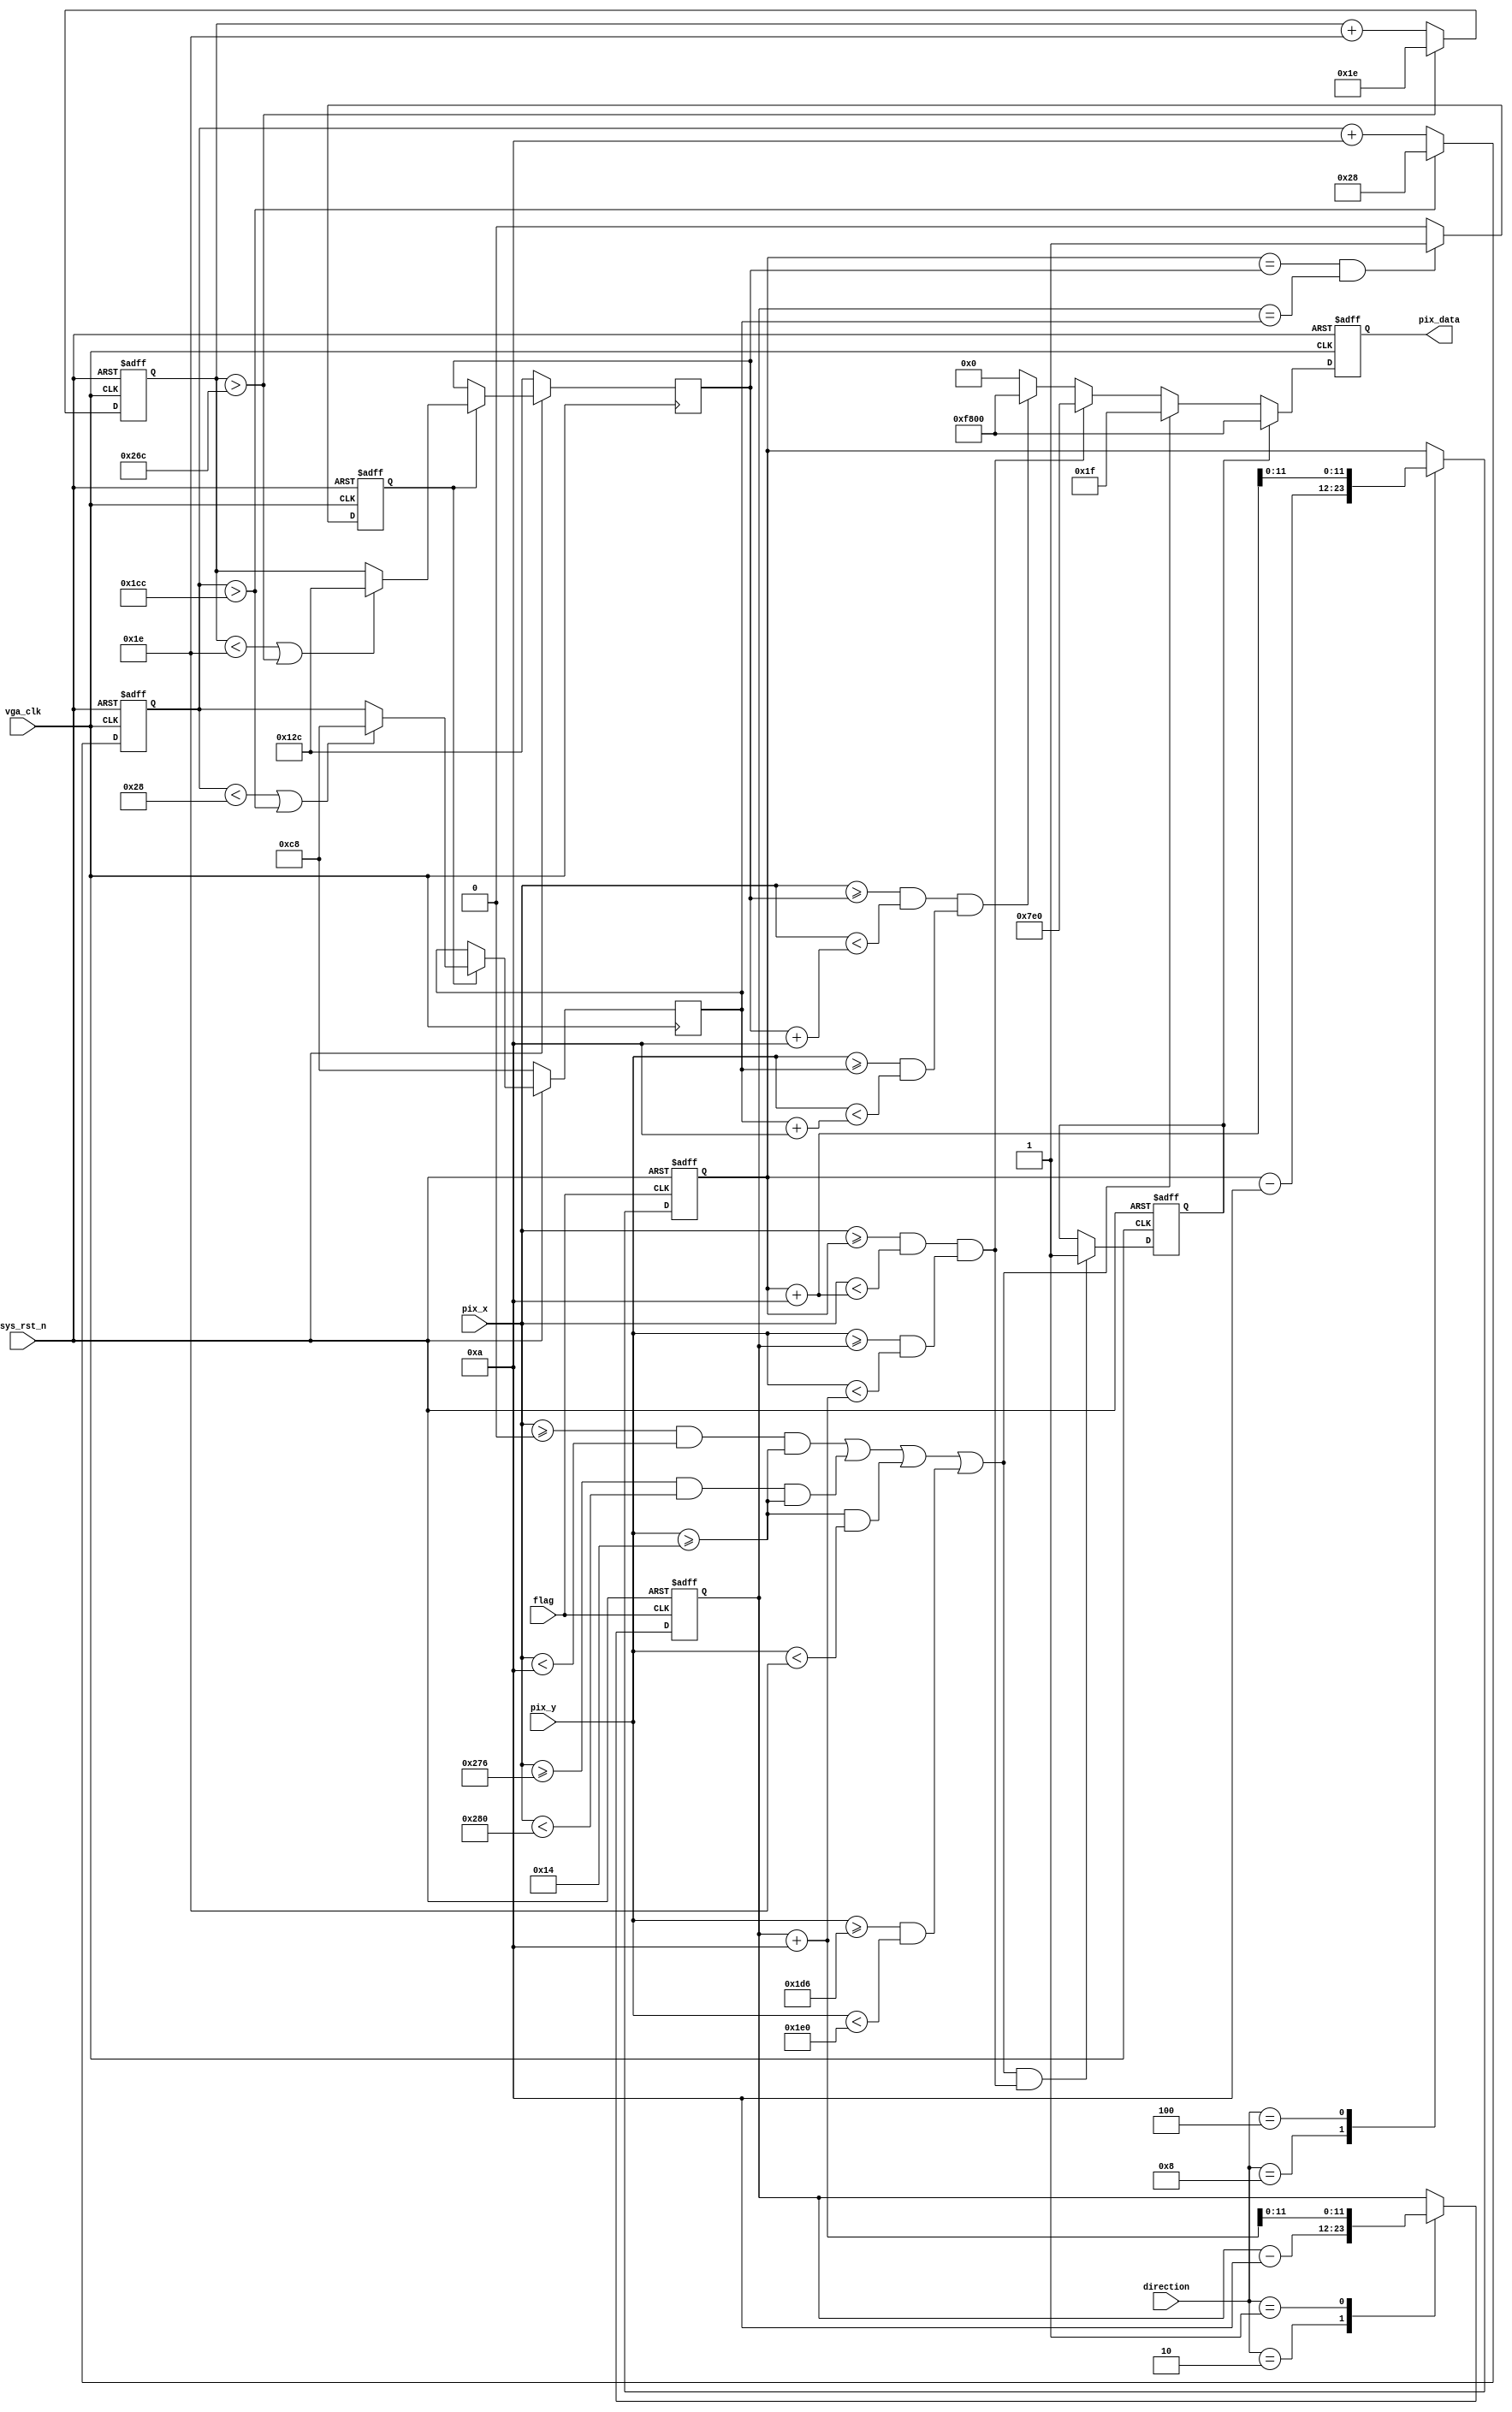
`timescale  1ns/1ns
////////////////////////////////////////////////////////////////////////
// Module Name   : vga_pic
// Project Name  : hdmi_colorbar
// Target Devices: Altera EP4CE10F17C8N
// Tool Versions : Quartus 13.0
// Description   : 
// 
// Revision      : V1.0
// Additional Comments:
// 
// : _Pro_FPGA
//     : http://www.embedfire.com
//     : http://www.firebbs.cn
//     : https://fire-stm32.taobao.com
////////////////////////////////////////////////////////////////////////

module  vga_pic
(
    input   wire            vga_clk     ,   //,25MHz
    input   wire            sys_rst_n   ,   //,
    input   wire    [11:0]  pix_x       ,   //VGAX
    input   wire    [11:0]  pix_y       ,   //VGAY
	 input	wire				 flag			 ,
	 input	wire	  [3:0]	 direction	 ,
	 
    output  reg     [15:0]  pix_data        //
);

//********************************************************************//
//****************** Parameter and Internal Signal *******************//
//********************************************************************//
//parameter define
parameter   H_VALID =   12'd640 ,   //
            V_VALID =   12'd480 ;   //

parameter   RED     =   16'hF800,   //
            ORANGE  =   16'hFC00,   //
            YELLOW  =   16'hFFE0,   //
            GREEN   =   16'h07E0,   //
            CYAN    =   16'h07FF,   //
            BLUE    =   16'h001F,   //
            PURPPLE =   16'hF81F,   //
            BLACK   =   16'h0000,   //
            WHITE   =   16'hFFFF,   //
            GRAY    =   16'hD69A;   //

//********************************************************************//
wire				wall_on;
wire				apple_on;
wire				death;
wire				snake_head;

reg	[11:0]	size;
reg				apple_eaten;
reg				game_over;
reg	[11:0]	apple_x;
reg	[11:0]	apple_y;
reg	[11:0]	rand_x;
reg	[11:0]	rand_y;
reg	[11:0]	snake_x;
reg	[11:0]	snake_y;


//***************************** Main Code ****************************//
//********************************************************************//
//pix_data:,
always@(posedge vga_clk or negedge sys_rst_n)
	if(sys_rst_n == 1'b0)
		pix_data    <= 16'd0;
	else	if(game_over == 1'b1)
		pix_data    <=  RED;	
	else	if(wall_on == 1'b1)
		pix_data    <=  BLUE;
	else	if(snake_head == 1'b1)
		pix_data    <=  GREEN;
	else	if(apple_on == 1'b1)
		pix_data    <=  RED;
	
	else
		pix_data    <=  BLACK;
		
//wall_on
assign	wall_on = (((pix_x >=0) && (pix_x < 10) && (pix_y >= 20)) || 
							((pix_x >= 630) && (pix_x < 640) && (pix_y >= 20)) || 
							((pix_y >= 20) && (pix_y < 30)) || 
							((pix_y >= 470) && (pix_y < 480)));
							
//apple_x,apple_y:apple
always@(posedge vga_clk)			
	if(sys_rst_n == 1'b0)
		begin
			apple_x = 300;
			apple_y = 200;
		end
	else	if(apple_eaten == 1'b1)
		begin
			if((rand_x < 30) ||	(rand_x >620))
				apple_x = 300;
			else
				apple_x = rand_x;	
			if((rand_y < 40) ||	(rand_y >460))
				apple_y = 200;
			else	
				apple_y = rand_y;
		end
		
//
always@(posedge vga_clk or negedge sys_rst_n)			
	if(sys_rst_n == 1'b0)
		begin
			rand_x = 300;
			rand_y = 200;
		end
	else
		begin
			if(rand_x > 620)
				rand_x = 30;
			else
				rand_x = rand_x + 30;
				
			if(rand_y > 460)
				rand_y = 40;
			else
				rand_y = rand_y + 10;
		end
		
//		
assign	apple_on = ((pix_x >= apple_x) && (pix_x < (apple_x + 10))) && 
							((pix_y >= apple_y) && (pix_y < (apple_y + 10)));


always@(posedge flag or negedge sys_rst_n)			
	begin
		if(sys_rst_n == 1'b0)
			begin
				snake_x <= 400;
				snake_y <= 200;
			end
		else	
			case (direction)
				4'b1000: snake_x <= (snake_x - 10);
				4'b0100: snake_x <= (snake_x + 10);
				4'b0010: snake_y <= (snake_y - 10);
				4'b0001: snake_y <= (snake_y + 10);
			endcase
	end							
							
							
//
assign	snake_head = ((pix_x >= snake_x) && (pix_x < (snake_x + 10))) && 
							((pix_y >= snake_y) && (pix_y < (snake_y + 10)));


assign	death = wall_on && snake_head;
	
always @(posedge vga_clk or negedge sys_rst_n)
	begin
		if (sys_rst_n == 1'b0) 
			game_over <= 1'b0;
		else if (death) 
			game_over <= 1'b1;
	end




							
always @(posedge vga_clk or negedge sys_rst_n)
	begin
		if (sys_rst_n == 1'b0) 
			begin
				apple_eaten <= 1'b0; 
				size <= 1;
			end
		else	if ((snake_x == apple_x) && (snake_y == apple_y))
			begin
				apple_eaten <= 1'b1;
				size <= size + 1;
			end
		else
			apple_eaten <= 1'b0;
	end	



			
endmodule